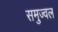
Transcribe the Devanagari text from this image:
समुज्वल